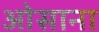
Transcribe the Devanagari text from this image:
ओसाना